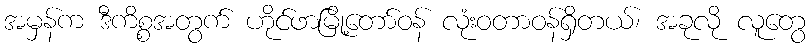
အမှန်က ဒီကိစ္စအတွက် ဟိုင်ဖာမြို့တော်ဝန် လုံးဝတာဝန်ရှိတယ်၊ အခုလို လူတွေ